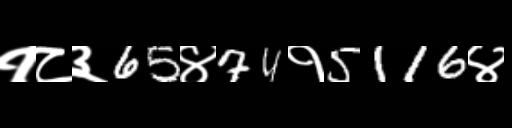
Text: १८३65४74१5116४